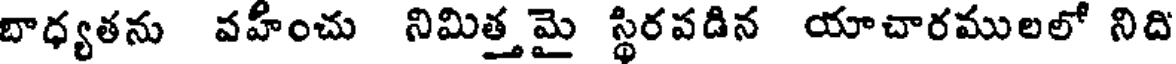
బాధ్యతను వహీంచు నిమిత్తమై స్థిరపడిన యాచారములలో నిది